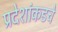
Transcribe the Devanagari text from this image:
प्रदेशांकडचे